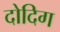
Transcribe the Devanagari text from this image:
दोदिग